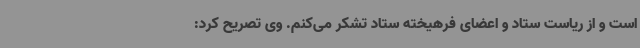
است و از ریاست ستاد و اعضای فرهیخته ستاد تشکر می‌کنم. وی تصریح کرد: